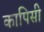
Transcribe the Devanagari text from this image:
कापिसी